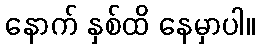
နောက် နှစ်ထိ နေမှာပါ။